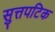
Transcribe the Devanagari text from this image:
सुत्तपटिक